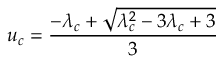
u _ { c } = \frac { - \lambda _ { c } + \sqrt { \lambda _ { c } ^ { 2 } - 3 \lambda _ { c } + 3 } } { 3 }